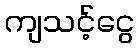
ကျသင့်ငွေ